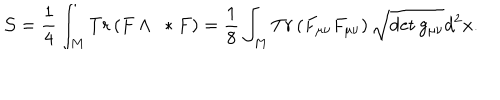
{ \cal S } = \frac { 1 } { 4 } \int _ { M } T r \left( F \wedge \ * F \right) = \frac { 1 } { 8 } \int _ { M } T r \left( F _ { \mu \nu } F _ { \mu \nu } \right) \sqrt { \det g _ { \mu \nu } } d ^ { 2 } x .